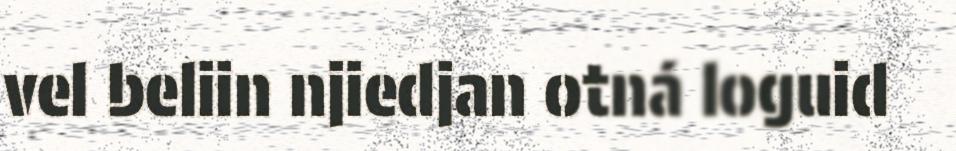
vel beliin njiedjan otná loguid